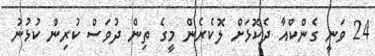
24 ވަނީ ގެންކްއާ ދެކޮޅަށް ލޮކެރެން މީގެ ތިން ދުވަސް ކުރިން ކުޅުނު